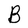
Character: B